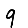
Digit: 9